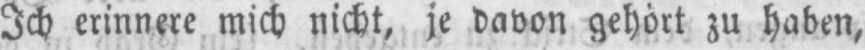
Ich erinnere mich nicht, je davon gehört zu haben,